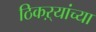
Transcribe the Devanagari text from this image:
ठिकऱ्यांच्या